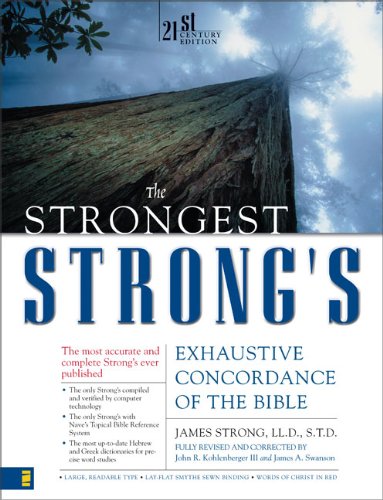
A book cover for The Strongest Strong's Exhaustive Concordance of the Bible; James Strong; Christian Books & Bibles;